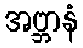
အဗ္ဘာနံ